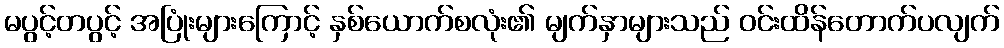
မပွင့်တပွင့် အပြုံးများကြောင့် နှစ်ယောက်စလုံး၏ မျက်နှာများသည် ဝင်းထိန်တောက်ပလျက်